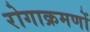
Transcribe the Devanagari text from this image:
रोगाक्रमणों